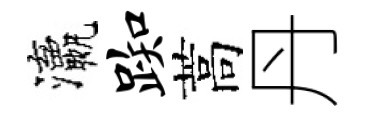
瀛踟蒿丹